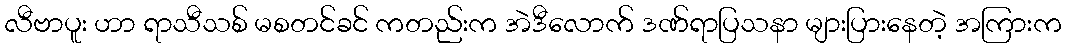
လီဗာပူး ဟာ ရာသီသစ် မစတင်ခင် ကတည်းက အဲဒီလောက် ဒဏ်ရာပြသနာ များပြားနေတဲ့ အကြားက